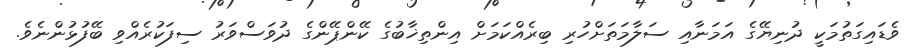
ވެޑައިގަތުމަކީ ދުނިޔޭގެ އަމަނާއި ސަލާމަތަށްހުރި ބިރެއްކަމަށް އިންތިޚާބުގެ ކޭންޕޭންގެ ދުވަސްވަރު ސިފަކުރެއްވި ބޭފުޅުންނެވެ.